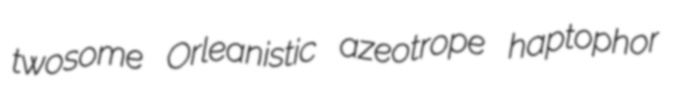
twosome Orleanistic azeotrope haptophor